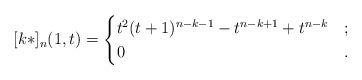
LaTeX: \begin{align*}[k*]_n(1,t) = \begin{cases} t^2(t+1)^{n-k-1} - t^{n-k+1} + t^{n-k} & ; \\ 0 & .\end{cases}\end{align*}